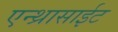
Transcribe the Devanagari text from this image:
एन्थ्रासाईट